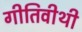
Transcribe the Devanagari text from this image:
गीतिवीथी